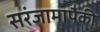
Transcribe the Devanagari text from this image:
सरंजामापैकी